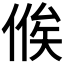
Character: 𬾴